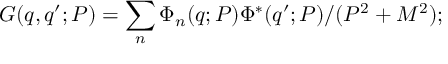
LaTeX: G ( q , q ^ { \prime } ; P ) = \sum _ { n } \Phi _ { n } ( q ; P ) \Phi ^ { * } ( q ^ { \prime } ; P ) / ( P ^ { 2 } + M ^ { 2 } ) ;